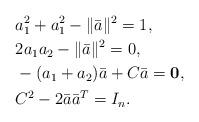
LaTeX: \begin{align*}&a_{1}^2+a_{1}^2- \|\bar{a}\|^2=1, \\&2a_1a_{2}-\|\bar{a}\|^2=0, \\&-(a_1+a_2)\bar{a}+C\bar{a}=\textbf{0}, \\&C^2-2\bar{a}\bar{a}^T=I_n.\end{align*}